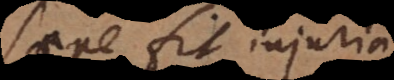
saepe fit injuria,